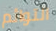
التوائم